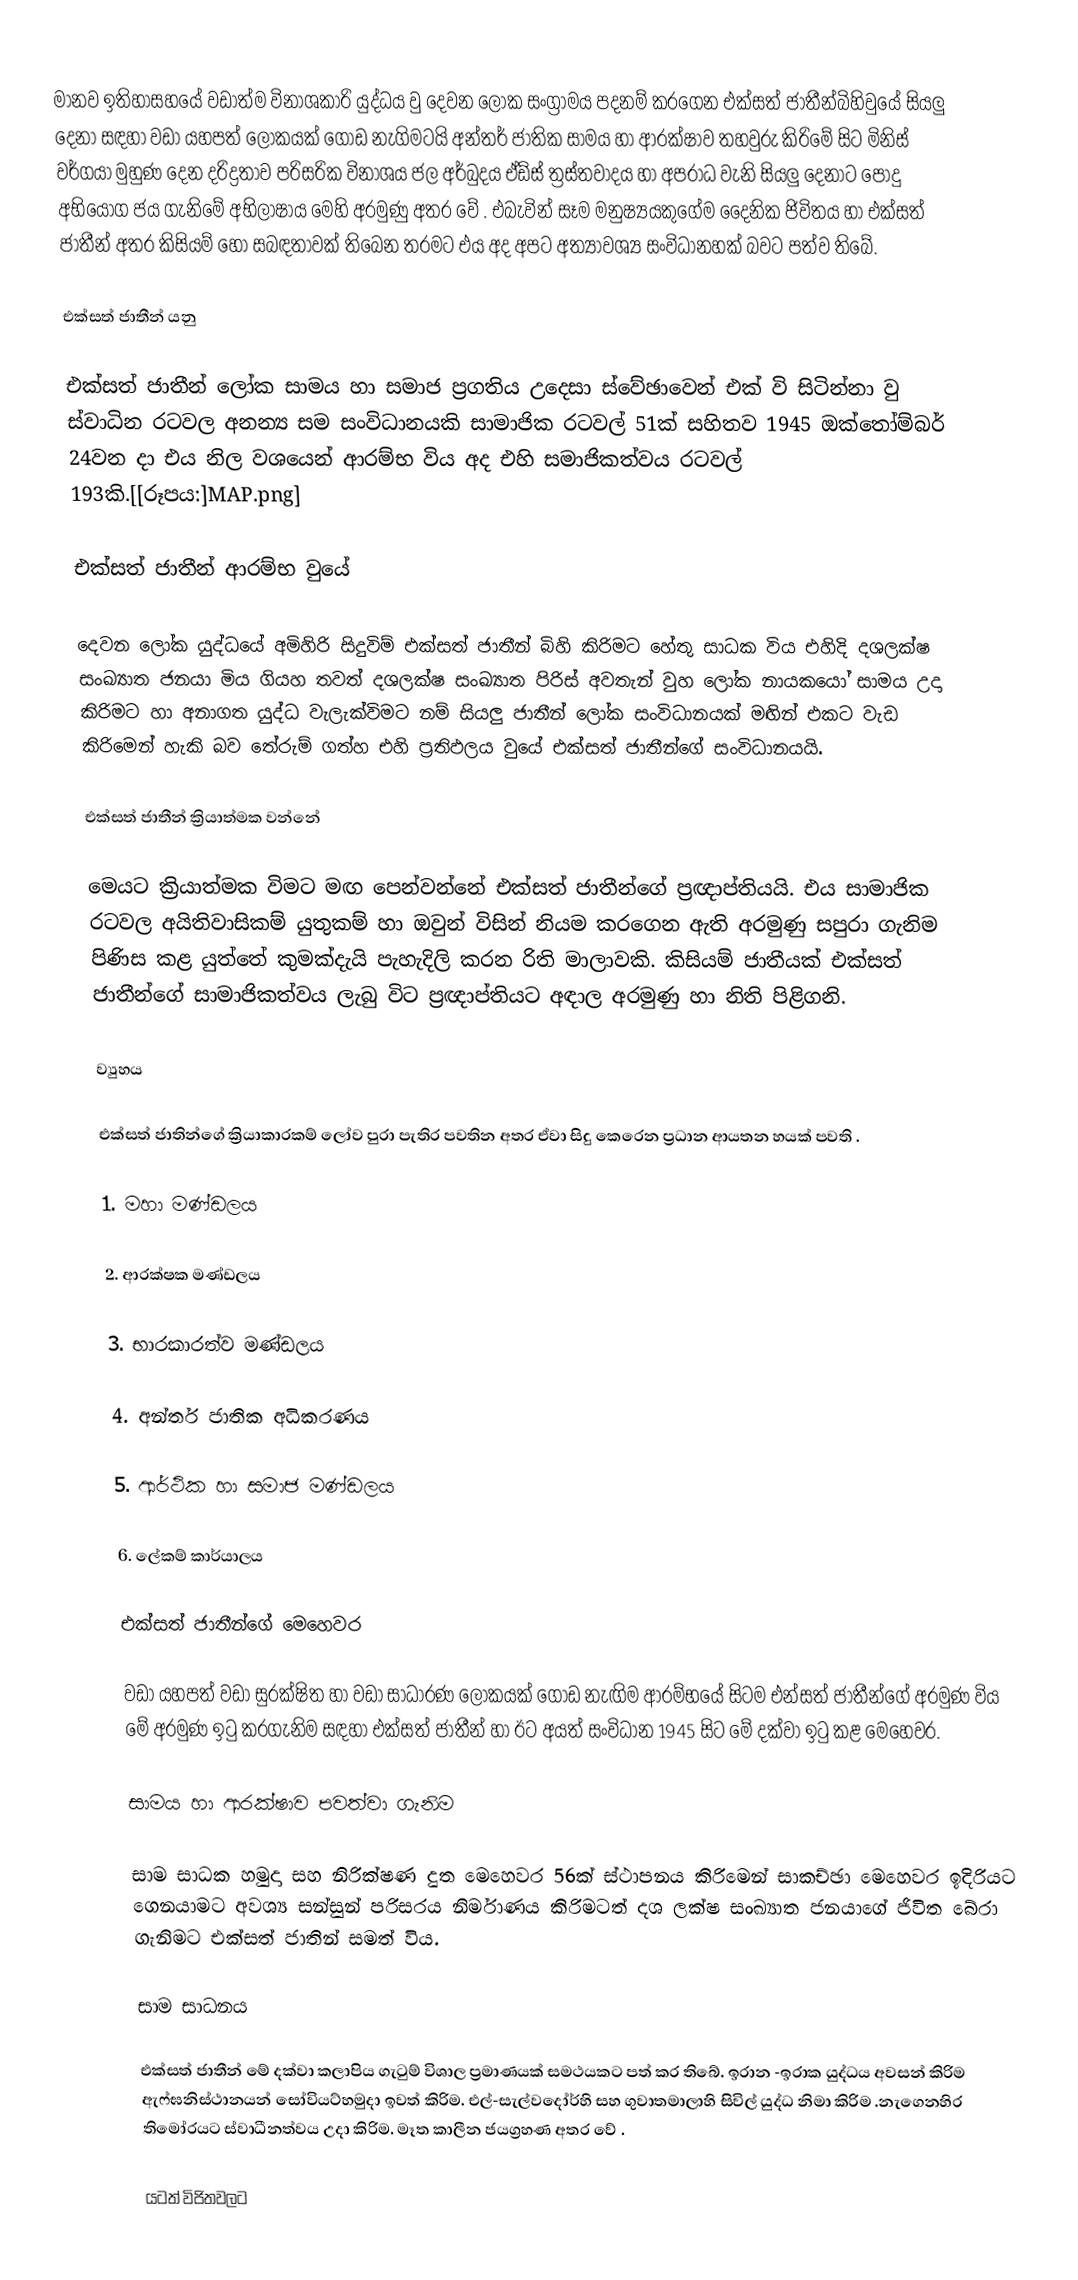
මානව ඉතිහාසහයේ වඩාත්ම විනාශකාරි යුද්ධය වු දෙවන ලෝක සංග්‍රාමය පදනම් කරගෙන එක්සත් ජාතීන්බිහිවුයේ සියලු දෙනා සඳහා වඩා යහපත් ලෝකයක් ගොඩ නැගිමටයි අන්තර් ජාතික සාමය හා ආරක්ෂාව තහවුරු කිරිමේ සිට මිනිස් වර්ගයා මුහුණ දෙන දරිද්‍රතාව පරිසරික විනාශය ජල අර්බුදය ඒඩ්ස් ත්‍රස්තවාදය හා අපරාධ වැනි සියලු දෙනාට  පොදු අභියෝග ජය ගැනිමේ අභිලාෂාය මෙහි අරමුණු අතර වේ .  එබැවින් සෑම මනුෂ්‍යයකුගේම දෛනික ජිවිතය හා එක්සත් ජාතීන් අතර කිසියම්  හෝ සබඳතාවක් තිබෙන තරමට එය අද අපට අත්‍යාවශ්‍ය සංවිධානහක් බවට පත්ව ති‍බේ.

එක්සත් ජාතීන් යනු

එක්සත් ජාතීන් ලෝක සාමය හා සමාජ ප්‍රගතිය උදෙසා ස්වේඡාවෙන් එක් වි සිටින්නා වු ස්වාධින රටවල අනන්‍ය සම සංවිධානයකි සාමාජික රටවල් 51ක් සහිතව 1945 ඔක්තෝම්බර් 24වන දා එය නිල වශයෙන් ආරම්භ විය අද එහි සමාජිකත්වය රටවල් 193කි.[[රූපය:]MAP.png]

එක්සත් ජාතීන් ආරම්භ වුයේ

දෙවන ලෝක යුද්ධයේ අමිහිරි සිදුවිම් එක්සත් ජාතීන් බිහි කිරිමට හේතු සාධක විය එහිදි දශලක්ෂ  සංඛ්‍යාත ජනයා මිය ගියහ තවත් දශලක්ෂ සංඛ්‍යාත පිරිස් අවතැන් වුහ ලෝක නායකයෝ සාමය උදා කිරිමට හා අනාගත යුද්ධ වැලැක්විමට නම් සියලු ජාතීන් ලෝක සංවිධානයක් මඟින් එකට වැඩ කිරිමෙන් හැකි බව තේරුම් ගත්හ එහි ප්‍රතිඵලය වුයේ එක්සත් ජාතීන්ගේ සංවිධානයයි.

එක්සත් ජාතීන් ක්‍රියාත්මක වන්නේ

මෙයට ක්‍රියාත්මක විමට මඟ පෙන්වන්නේ  එක්සත් ජාතීන්ගේ ප්‍රඥාප්තියයි. එය සාමාජික රටවල අයිතිවාසිකම් යුතුකම් හා ඔවුන් විසින් නියම කරගෙන ඇති අරමුණු සපුරා ගැනිම පිණිස කළ යුත්තේ කුමක්දැයි පැහැදිලි කරන රිති මාලාවකි. කිසියම් ජාතීයක් එක්සත් ජාතීන්ගේ සාමාජිකත්වය ලැබු විට ප්‍රඥාප්තියට අඳාල අරමුණු හා නිති පිළිගනි.

ව්‍යුහය

එක්සත් ජාතින්ගේ ක්‍රියාකාරකම් ලෝව පුරා පැතිර පවතින අතර ඒවා සිදු කෙරෙන ප්‍රධාන ආයතන හයක් පවති .

1. මහා මණ්ඩලය

2. ආරක්ෂක මණ්ඩලය

3. භාරකාරත්ව මණ්ඩලය

4. අන්තර් ජාතික අධිකරණය

5. ආර්ථික හා සමාජ මණ්ඩලය

6. ලේකම් කාර්යාලය

එක්සත් ජාතීන්ගේ මෙහෙවර

වඩා යහපත් වඩා සුරක්ෂිත හා වඩා සාධාරණ ලෝකයක් ගොඩ නැඟිම ආරම්භයේ සිටම එන්සත් ජාතීන්ගේ අරමුණ විය මේ අරමුණ ඉටු කරගැනිම  සඳහා එක්සත් ජාතීන් හා ඊට අයත් සංවිධාන 1945 සිට මේ දක්වා ඉටු කළ මෙහෙවර.

සාමය හා ආරක්ෂාව පවත්වා ගැනිම

සාම සාධක හමුදා සහ නිරික්ෂණ දුත මෙහෙවර 56ක් ස්ථාපනය කිරිමෙන් සාකච්ඡා මෙහෙවර ඉදිරියට  ගෙනයාමට අවශ්‍ය සන්සුන් පරිසරය නිර්මාණය කිරිමටත් දශ ලක්ෂ සංඛ්‍යාත ජනයාගේ ජිවිත බේරා ගැනිමට එක්සත් ජාතින් සමත් විය.

සාම සාධනය

එක්සත් ජාතීන් මේ දක්වා කලාපිය ගැටුම් විශාල ප්‍රමාණයක් සමථයකට පත් කර තිබේ.  ඉරාන -ඉරාක යුද්ධය අවසන් කිරිම ඇෆ්ඝනිස්ථානයන් සෝවියට්හමුදා ඉවත් කිරිම. එල්-සැල්වදෝර්හි සහ ගුවාතමාලාහි සිවිල් යුද්ධ නිමා කිරිම .නැගෙනහිර තිමෝරයට  ස්වාධීනත්වය උදා කිරිම.  මෑත කාලීන ජයග්‍රහණ අතර වේ .

යටත් විජිතවලට